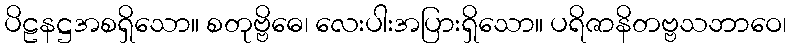
ပိဠနဋ္ဌအစရှိသော။ စတုဗ္ဗိဓေ၊ လေးပါးအပြားရှိသော။ ပရိဇာနိတဗ္ဗသဘာဝေ၊